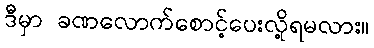
ဒီမှာ ခဏလောက်စောင့်ပေးလို့ရမလား။